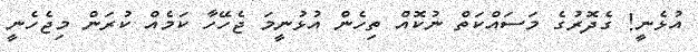
އުޅެނީ! ގެދޮރުގެ މަސައްކަތް ނުކޮއް ތިހެން އުޅުނީމަ ޖެހޭހާ ކަމެއް ކުރަން މިޖެހެނީ